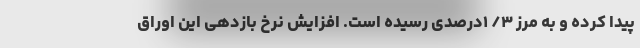
پیدا کرده و به مرز ۳/ ۱‌درصدی رسیده است. افزایش نرخ بازدهی این اوراق